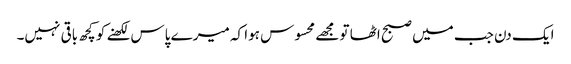
ایک دن جب میں صبح اٹھا تو مجھے محسوس ہوا کہ میرے پاس لکھنے کو کچھ باقی نہیں۔